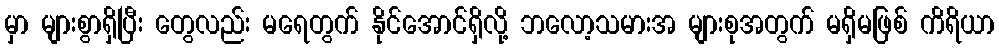
မှာ များစွာရှိပြီး တွေလည်း မရေတွက် နိုင်အောင်ရှိလို့ ဘလော့သမားအ များစုအတွက် မရှိမဖြစ် ကိရိယာ